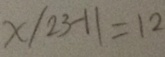
x / 2 3 - 1 1 = 1 2